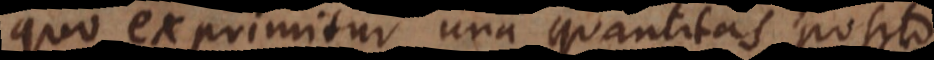
quo exprimitur una quantitas posito